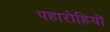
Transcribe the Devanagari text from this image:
पहारोहियों